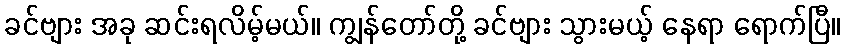
ခင်ဗျား အခု ဆင်းရလိမ့်မယ်။ ကျွန်တော်တို့ ခင်ဗျား သွားမယ့် နေရာ ရောက်ပြီ။